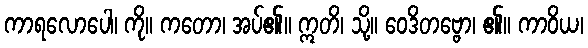
ကာရလောပေါ၊ ကို။ ကတော၊ အပ်၏။ ဣတိ၊ သို့။ ဝေဒိတဗ္ဗော၊ ၏။ ကာဝိယ၊